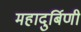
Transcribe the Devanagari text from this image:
महादुर्बिणी